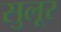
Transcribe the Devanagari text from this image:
सुलूर